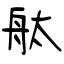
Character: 舦